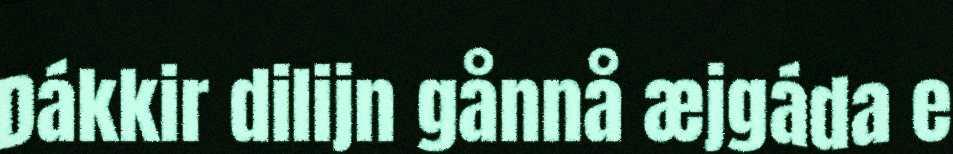
Dákkir dilijn gånnå æjgáda e